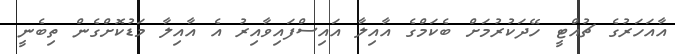
އާއަހަރުގެ ޗުއްޓީ ހޭދަކުރުމަށް ބެކަމްގެ އާއިލާ އައިސްފައިވާއިރު އެ އާއިލާ މަޑުކޮށްގެން ތިބެނީ